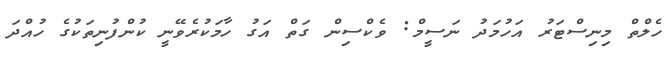
ހެލްތް މިނިސްޓަރު އަހުމަދު ނަސީމް: ވެކްސިން ގަތް އަގު ހާމަކުރެވޭނީ ކުންފުނިތަކުގެ ހުއްދަ